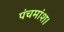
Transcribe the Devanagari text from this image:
पंचमांश।